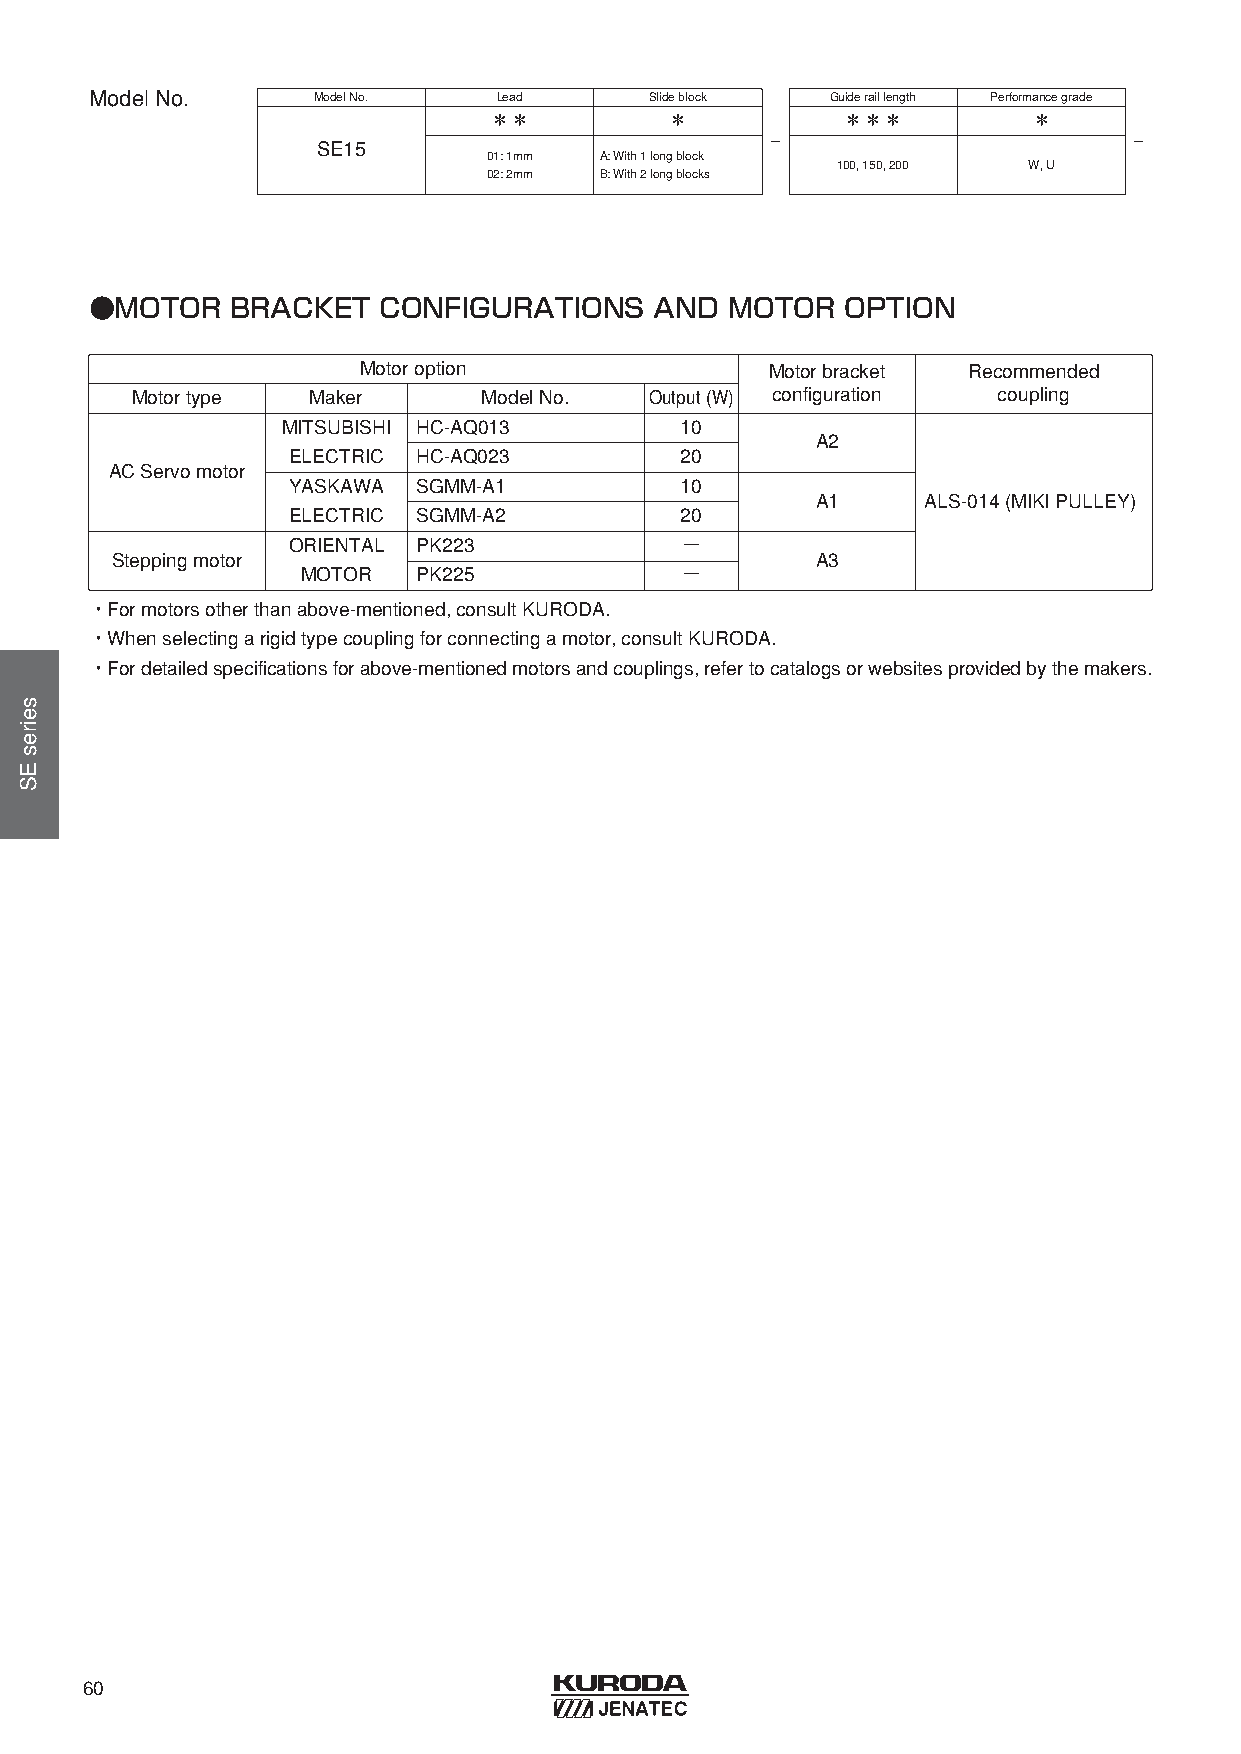
ModelNo.       ModelNo.    Lead      Slideblock  Guideraillength Performancegrade
 ＊＊          ＊           ＊＊＊         ＊
 -                       -
 SE15
 01: 1mm A: With1 longblock
 100, 150, 200 W, U
 02: 2mm B: With2 longblocks
 ●MOTOR   BRACKET   CONFIGURATIONS    AND  MOTOR   OPTION
 Motoroption                Motorbracket Recommended
 Motortype   Maker      ModelNo.   Output(W) configuration coupling
 MITSUBISHI HC-AQ013       10
 A2
 ELECTRIC HC-AQ023         20
 ACServomotor
 YASKAWA  SGMM-A1          10
 A1     ALS-014 (MIKIPULLEY)
 ELECTRIC SGMM-A2          20
 ORIENTAL PK223            −
 Steppingmotor                                  A3
 MOTOR   PK225            −
 ・Formotorsotherthanabove-mentioned, consultKURODA.
 ・Whenselectingarigidtypecouplingforconnectingamotor, consultKURODA.
 ・Fordetailedspecificationsforabove-mentionedmotorsandcouplings, refertocatalogsorwebsitesprovidedbythemakers.
 60
 seiresES